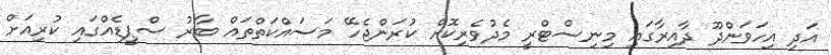
އަދި އިހަވަންދޫ ދާއިރާގައި މިނިސްޓްރީ މެދުވެރިކޮށް ކުރަންޖެހޭ މަސައްކަތްތައް ބާރު ސްޕީޑެއްގައި ކުރިއަށް